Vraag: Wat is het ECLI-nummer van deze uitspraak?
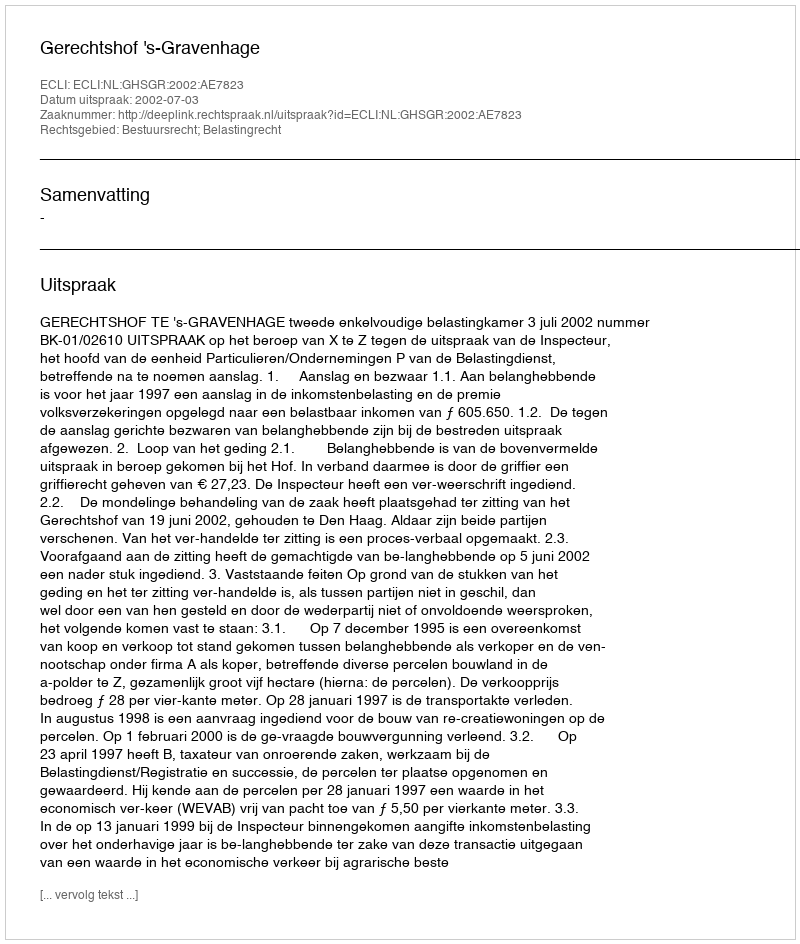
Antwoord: ECLI:NL:GHSGR:2002:AE7823